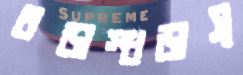
ধড়াস্‌ধড়াস্‌